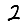
Digit: 2